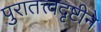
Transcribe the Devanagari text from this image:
पुरातत्त्वदृष्टीने